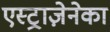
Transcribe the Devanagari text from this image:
एस्ट्राज़ेनेका